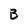
Character: B